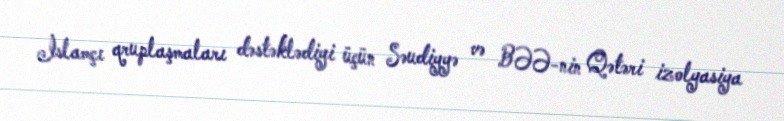
İslamçı qruplaşmaları dəstəklədiyi üçün Səudiyyə və BƏƏ-nin Qətəri izolyasiya